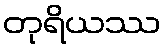
တုရိယဿ